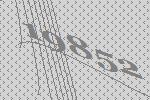
19852